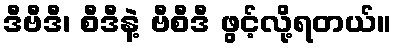
ဒီဗီဒီ၊ စီဒီနဲ့ ဗီစီဒီ ဖွင့်လို့ရတယ်။